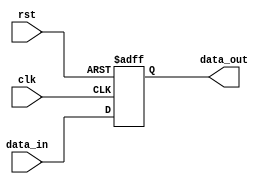
module reset_condition_example (
    input wire clk,         // Clock signal
    input wire rst,         // Reset signal (active high)
    input wire [7:0] data_in, // Input data
    output reg [7:0] data_out // Output data
);

    // State variable (for demonstration purposes)
    reg [7:0] counter;      // Example state variable (could be a counter or register)

    // Always block for synchronous reset and normal operation
    always @(posedge clk or posedge rst) begin
        if (rst) begin
            // Reset condition: initialize state variables
            counter <= 8'b0;    // Set counter to zero
            data_out <= 8'b0;   // Initialize output data
        end else begin
            // Normal operation: example behavior
            counter <= counter + 1; // Increment counter
            data_out <= data_in;     // Pass input data to output
        end
    end

endmodule